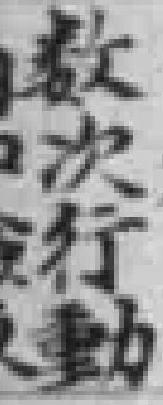
数次行動